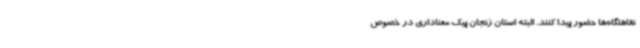
نقاهتگاه‌ها حضور پیدا کنند. البته استان زنجان پیک معناداری در خصوص